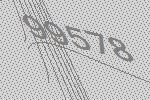
99578